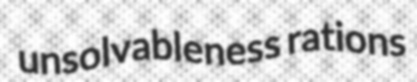
unsolvableness rations